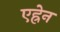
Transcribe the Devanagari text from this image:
एह्रेन